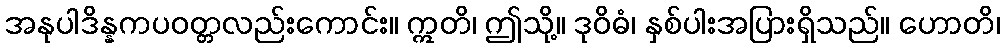
အနုပါဒိန္နကပဝတ္တလည်းကောင်း။ ဣတိ၊ ဤသို့။ ဒုဝိဓံ၊ နှစ်ပါးအပြားရှိသည်။ ဟောတိ၊